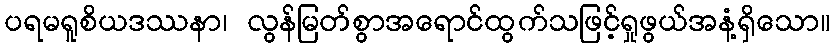
ပရမရူစိယဒဿနာ၊ လွန်မြတ်စွာအရောင်ထွက်သဖြင့်ရှုဖွယ်အနံ့ရှိသော။